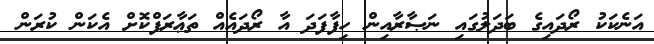
އަނެކަކު ރޯދައިގެ ބަދަލުގައި ނަޞާރާއިން ހިފާފަދަ އާ ރޯދައެއް ތަޢާރަފްކޮށް އެކަން ކުރަން